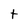
Character: t